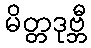
မိတ္တဒုဗ္ဘီ